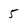
Character: 5